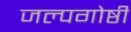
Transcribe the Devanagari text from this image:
जल्पगोष्ठी